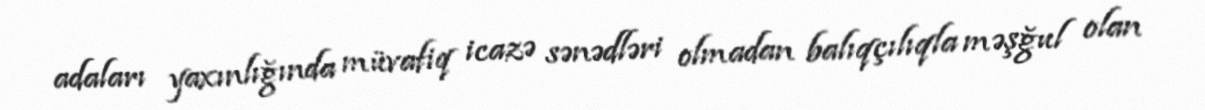
adaları yaxınlığında müvafiq icazə sənədləri olmadan balıqçılıqla məşğul olan